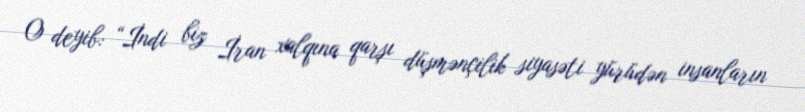
O deyib: “İndi biz İran xalqına qarşı düşmənçilik siyasəti yürüdən insanların